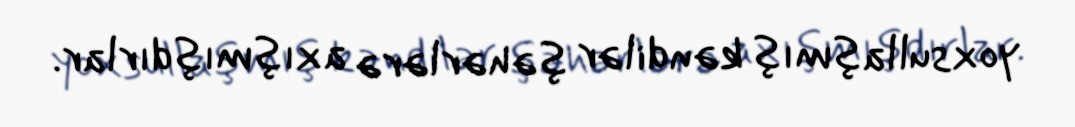
yoxsullaşmış kəndilər şəhərlərə axışmışdırlar.